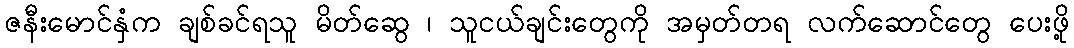
ဇနီးမောင်နှံက ချစ်ခင်ရသူ မိတ်ဆွေ ၊ သူငယ်ချင်းတွေကို အမှတ်တရ လက်ဆောင်တွေ ပေးဖို့